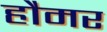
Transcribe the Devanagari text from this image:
हौमर